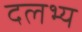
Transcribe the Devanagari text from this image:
दलभ्य